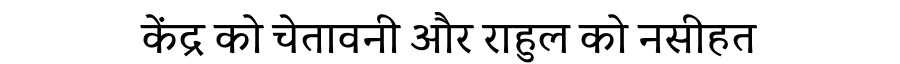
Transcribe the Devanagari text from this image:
केंद्र को चेतावनी और राहुल को नसीहत